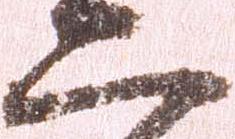
二